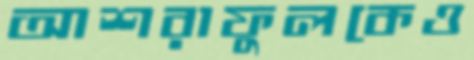
আশরাফুলকেও